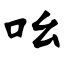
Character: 吆